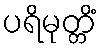
ပရိမုတ္တိံ